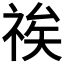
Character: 𮁽